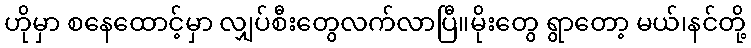
ဟိုမှာ စနေထောင့်မှာ လျှပ်စီးတွေလက်လာပြီ။မိုးတွေ ရွာတော့ မယ်၊နင်တို့